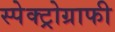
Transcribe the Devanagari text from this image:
स्पेक्ट्रोग्राफी